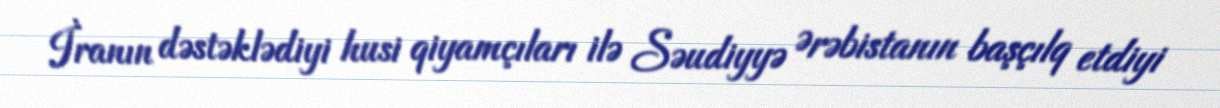
İranın dəstəklədiyi husi qiyamçıları ilə Səudiyyə Ərəbistanın başçılq etdiyi